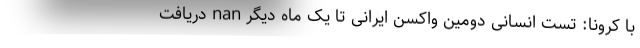
با کرونا: تست انسانی دومین واکسن ایرانی تا یک ماه دیگر nan دريافت